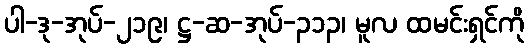
ပါ-ဒု-အုပ်-၂၁၉၊ ဋ္ဌ-ဆ-အုပ်-၃၁၃၊ မူလ ထမင်းရှင်ကို